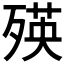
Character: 𣨽